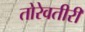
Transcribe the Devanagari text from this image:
तोरेवतीरीं